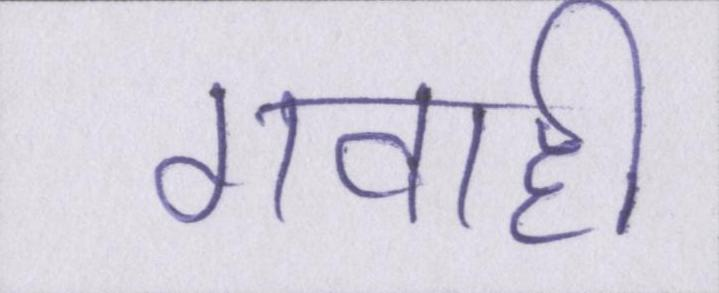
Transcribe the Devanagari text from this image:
गवाही